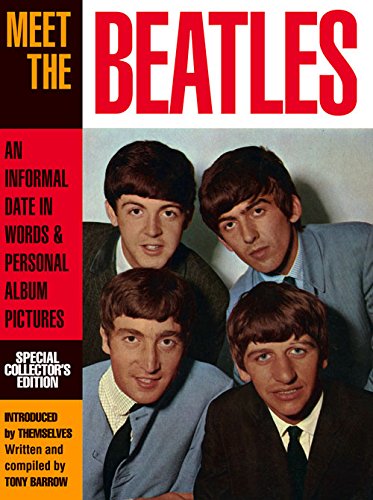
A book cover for Meet the Beatles: An Informal Date in Words & Personal Album Pictures; Tony Barrow; Humor & Entertainment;